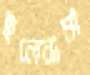
ছলেনামা